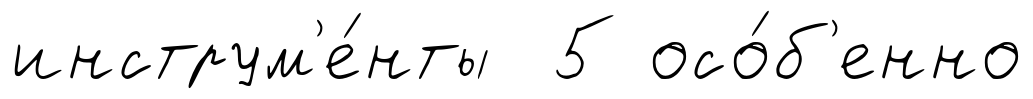
инструм'е́нты 5 осо́б'енно